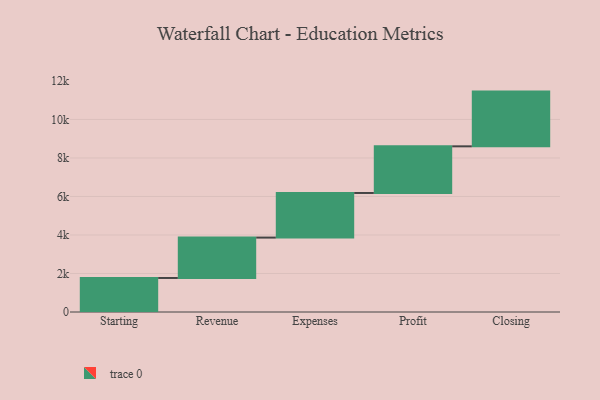
{"axis": {"x": "Step", "y": "Value"}, "legend": [""], "data": [{"x": "Starting", "y": 1767.0, "type": ""}, {"x": "Revenue", "y": 2097.0, "type": ""}, {"x": "Expenses", "y": 2317.0, "type": ""}, {"x": "Profit", "y": 2422.0, "type": ""}, {"x": "Closing", "y": 2842.0, "type": ""}]}